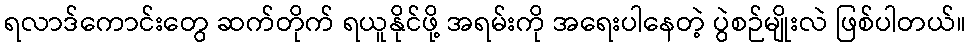
ရလာဒ်ကောင်းတွေ ဆက်တိုက် ရယူနိုင်ဖို့ အရမ်းကို အရေးပါနေတဲ့ ပွဲစဉ်မျိုးလဲ ဖြစ်ပါတယ်။